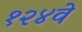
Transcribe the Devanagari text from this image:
१२४वे